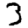
Digit: 3